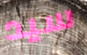
سيد